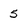
Character: 5